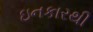
ઇનકારથી